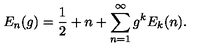
E _ { n } ( g ) = \frac { 1 } { 2 } + n + \sum _ { n = 1 } ^ { \infty } g ^ { k } E _ { k } ( n ) .